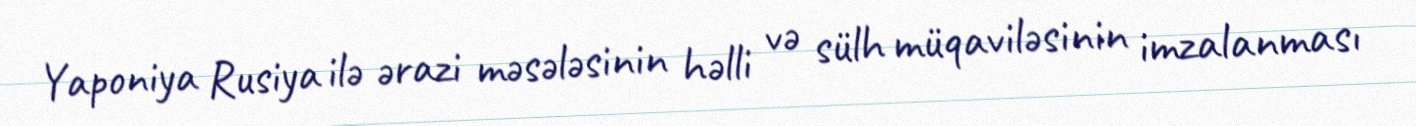
Yaponiya Rusiya ilə ərazi məsələsinin həlli və sülh müqaviləsinin imzalanması